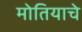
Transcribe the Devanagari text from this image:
मोतियाचे